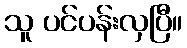
သူ ပင်ပန်းလှပြီ။